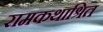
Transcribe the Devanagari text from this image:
रामकथाश्रित